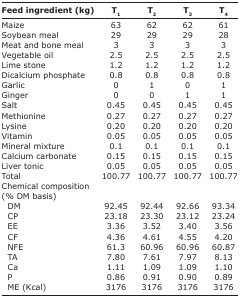
| Feed ingredient (kg) | T1 | T2 | T3 | T4 |
 | --- | --- | --- | --- | --- |
 | Maize | 63 | 62 | 62 | 61 |
 | Soybean meal | 29 | 29 | 29 | 28 |
 | Meat and bone meal | 3 | 3 | 3 | 3 |
 | Vegetable oil | 2.5 | 2.5 | 2.5 | 2.5 |
 | Lime stone | 1.2 | 1.2 | 1.2 | 1.2 |
 | Dicalcium phosphate | 0.8 | 0.8 | 0.8 | 0.8 |
 | Garlic | 0 | 1 | 0 | 1 |
 | Ginger | 0 | 0 | 1 | 1 |
 | Salt | 0.45 | 0.45 | 0.45 | 0.45 |
 | Methionine | 0.27 | 0.27 | 0.27 | 0.27 |
 | Lysine | 0.20 | 0.20 | 0.20 | 0.20 |
 | Vitamin | 0.05 | 0.05 | 0.05 | 0.05 |
 | Mineral mixture | 0.1 | 0.1 | 0.1 | 0.1 |
 | Calcium carbonate | 0.15 | 0.15 | 0.15 | 0.15 |
 | Liver tonic | 0.05 | 0.05 | 0.05 | 0.05 |
 | Total | 100.77 | 100.77 | 100.77 | 100.77 |
 | Chemical composition (% DM basis) |  |  |  |  |
 | DM | 92.45 | 92.44 | 92.66 | 93.34 |
 | CP | 23.18 | 23.30 | 23.12 | 23.24 |
 | EE | 3.36 | 3.52 | 3.40 | 3.56 |
 | CF | 4.36 | 4.61 | 4.55 | 4.20 |
 | NFE | 61.3 | 60.96 | 60.96 | 60.87 |
 | TA | 7.80 | 7.61 | 7.97 | 8.13 |
 | Ca | 1.11 | 1.09 | 1.09 | 1.10 |
 | P | 0.86 | 0.91 | 0.90 | 0.89 |
 | ME (Kcal) | 3176 | 3176 | 3176 | 3176 |